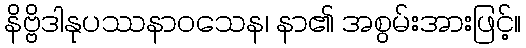
နိဗ္ဗိဒါနုပဿနာဝသေန၊ နာ၏ အစွမ်းအားဖြင့်။